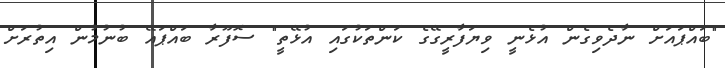
"ބައްޕައަށް ނާދެވިގެން އުޅެނީ ވިޔަފާރީގޭގެ ކަންތަކުގައި އުޅޭތީ" ސޮފޫރާ ބައްޕައޭ ބުނުމުން އިތުރަށް